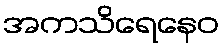
အကသိရေနေဝ